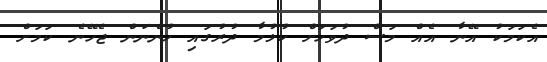
އެކަމަކު އޭނާ އެއް މަސް ދުވަހަށް ކުޅުމާ ދުރުގައި ހުންނަން ޖެހޭނެ ކަމަށް